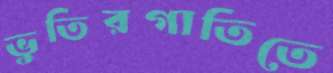
ভুতিরগাতিতে